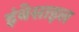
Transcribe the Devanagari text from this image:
इंबेसाइल